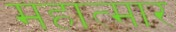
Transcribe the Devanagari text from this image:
महात्मार